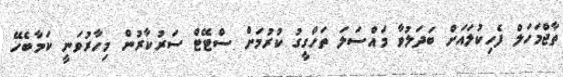
ތާޖްމަހަލް ފެހިކުލައަށް ބަދަލުވާ މައްސަލަ ތަހްގީގު ކުރުމަށް ސްޓޭޓް ސަރުކާރުން މިހާރުވަނީ ކަމާބެހޭ